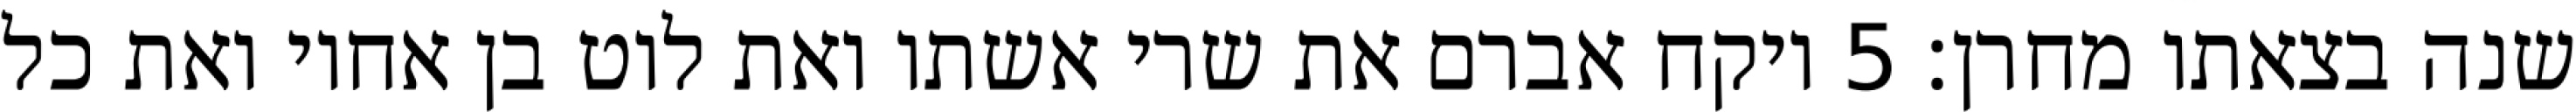
שנה בצאתו מחרן׃ ‎5‏ ויקח אברם את שרי אשתו ואת לוט בן אחיו ואת כל